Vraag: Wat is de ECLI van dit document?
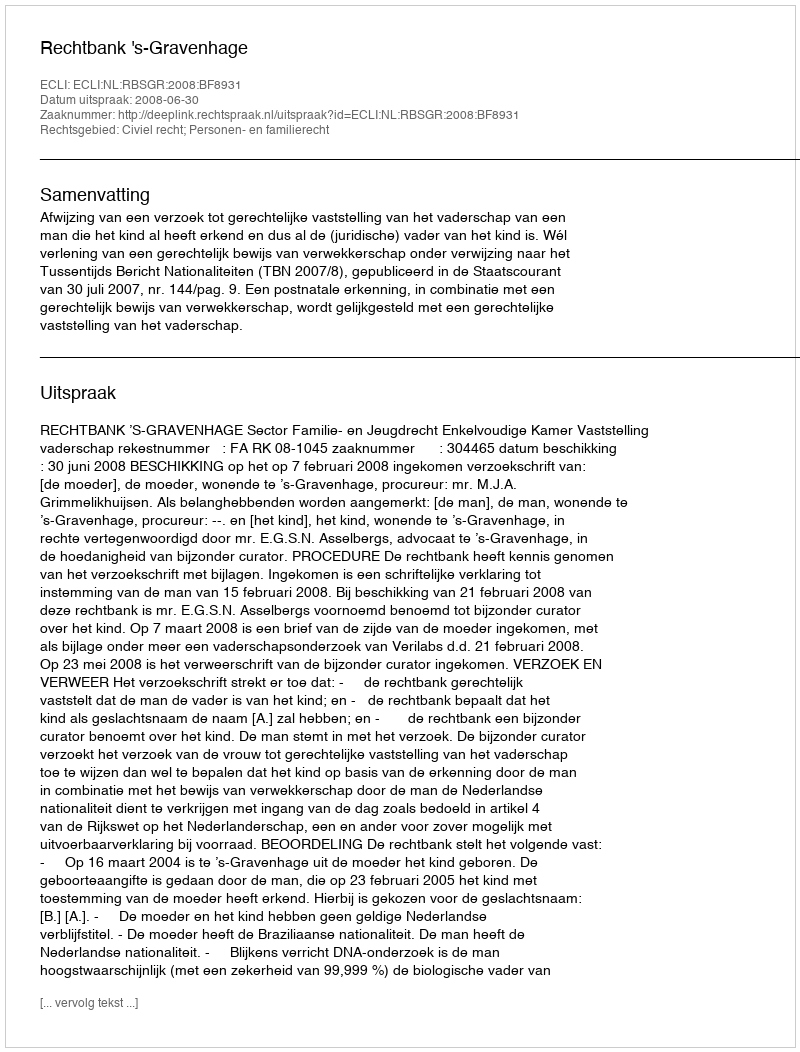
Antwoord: ECLI:NL:RBSGR:2008:BF8931